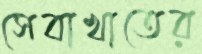
সেবাখাতের